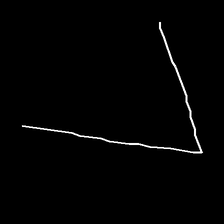
Glyph: region